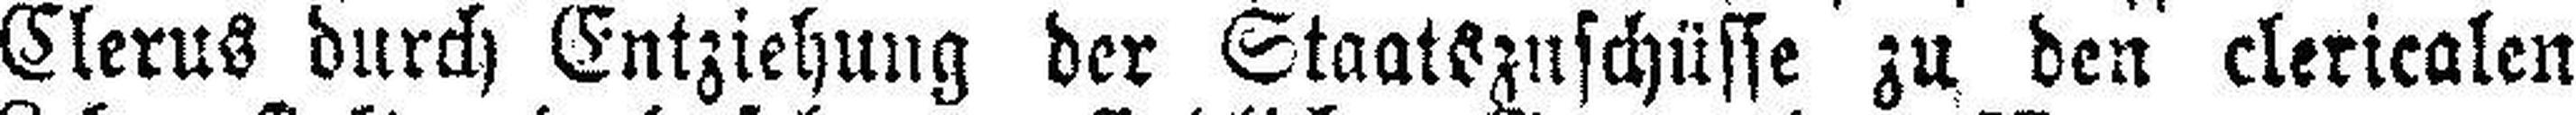
Clerus durch Entziehung der Staatszuschüsse zu den clericalen